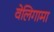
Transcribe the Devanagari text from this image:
वेलिगामा